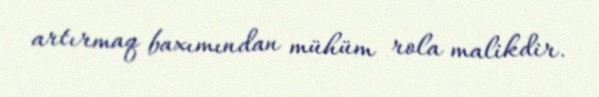
artırmaq baxımından mühüm rola malikdir.